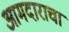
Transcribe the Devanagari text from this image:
आमदाराचा